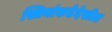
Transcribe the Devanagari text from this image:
स्त्रियांकडेदेखील